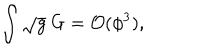
\int \sqrt { g } \ \mathrm { G } = { \cal O } ( \phi ^ { 3 } ) ,